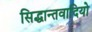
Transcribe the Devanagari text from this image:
सिद्धान्तवादियो